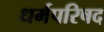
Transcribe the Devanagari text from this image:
धर्मपरिषद